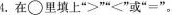
4.在\circ里填上“ >” “<”或“=”。